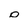
Character: o